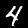
Label: 4